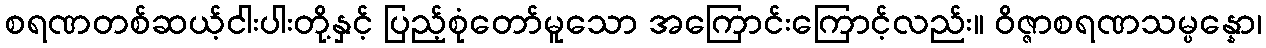
စရဏတစ်ဆယ့်ငါးပါးတို့နှင့် ပြည့်စုံတော်မူသော အကြောင်းကြောင့်လည်း။ ဝိဇ္ဇာစရဏသမ္ပန္နော၊